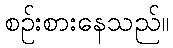
စဉ်းစားနေသည်။